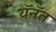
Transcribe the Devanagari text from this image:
यॅनॅत